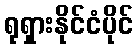
ရုရှားနိုင်ငံပိုင်